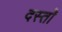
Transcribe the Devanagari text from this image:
दस्तोॅ